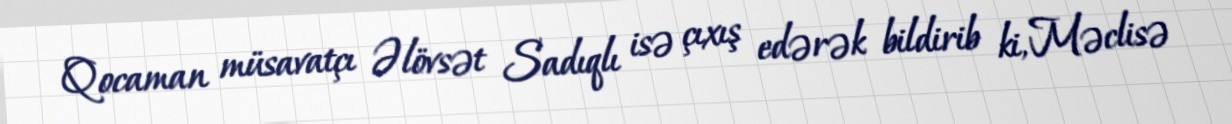
Qocaman müsavatçı Əlövsət Sadıqlı isə çıxış edərək bildirib ki, Məclisə